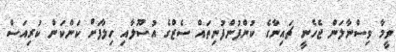
ވީމާ ވިސްނާލަން ޖެހެނީ ޗައިނާގެ ކުންފުންފުނިތައް ސެޒްގެ އުސޫލާއި ހިލާފަށް ކަންކަން ކުރިއަސް